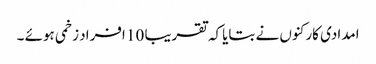
امدادی کارکنوں نے بتایاکہ تقریبا 10 افراد زخمی ہوئے ۔